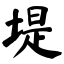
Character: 堤